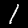
Digit: 1